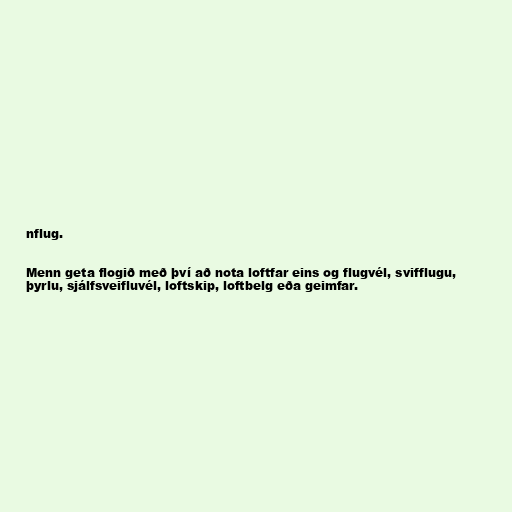
nflug.

Menn geta flogið með því að nota loftfar eins og flugvél, svifflugu,
þyrlu, sjálfsveifluvél, loftskip, loftbelg eða geimfar.